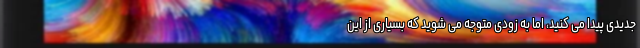
جدیدی پیدا می‌ کنید، اما به زودی متوجه می ‌شوید که بسیاری از این